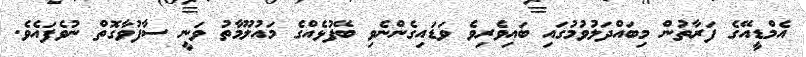
އެމްޑީއޭގެ ފަރާތުން މިބައްދަލުވުމުގައި ބައިވެރިވެ ވަޑައިގެންނެވި ބޭފުޅެއްގެ މައުލޫމާތު ވަނީ ސާފުވާގޮތް ނުވެފައެވެ.